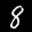
Label: 8